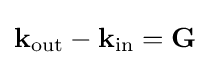
\mathbf {k} _{\mathrm {out} }-\mathbf {k} _{\mathrm {in} }=\mathbf {G}